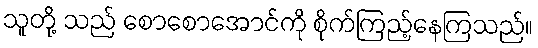
သူတို့ သည် စောစောအောင်ကို စိုက်ကြည့်နေကြသည်။